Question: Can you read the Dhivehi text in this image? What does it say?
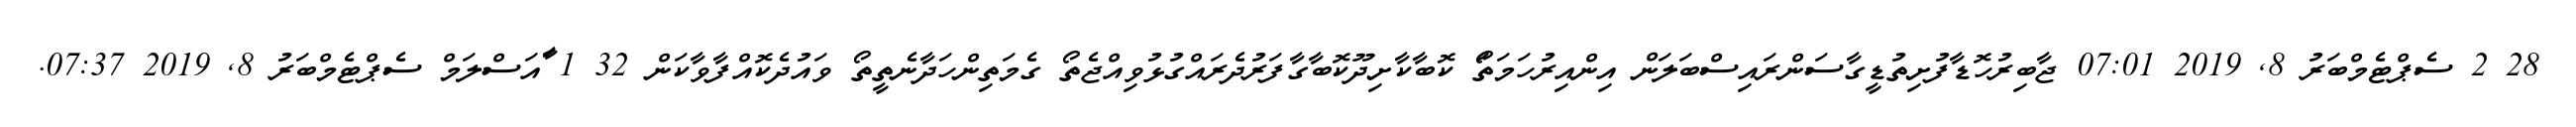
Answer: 28 2 ސެޕްޓެމްބަރު 8, 2019 07:01 ޖާބިރުހޮޑާފުށިތުޑީގާސަންރައިސްބަލަން އިންއިރުހަމަތަޯ ކޮބާކާށިދޫކޮބާގާފަރުދެރައްގުޅުވިއްޖެތޯ ގެމަތިންހަދާނެތީތޯ ވައުދެކޮއްފާވާކަން 32 1 ާައަސްލަމް ސެޕްޓެމްބަރު 8, 2019 07:37.